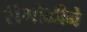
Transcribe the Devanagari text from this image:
रांंगोळीने